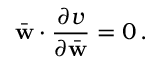
\bar { \bf w } \cdot \frac { \partial v } { \partial \bar { \bf w } } = 0 \, .